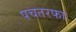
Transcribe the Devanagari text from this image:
पचतरफा